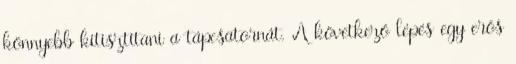
könnyebb kitisztítani a tápcsatornát. A következő lépés egy erős